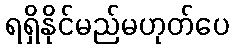
ရရှိနိုင်မည်မဟုတ်ပေ